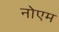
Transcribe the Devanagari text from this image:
नोएम